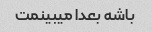
باشه بعدا میبینمت